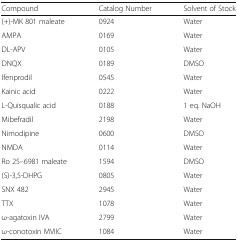
| Compound | Catalog Number | Solvent of Stock |
 | --- | --- | --- |
 | (+)-MK 801 maleate | 0924 | Water |
 | AMPA | 0169 | Water |
 | DL-APV | 0105 | Water |
 | DNQX | 0189 | DMSO |
 | Ifenprodil | 0545 | Water |
 | Kainic acid | 0222 | Water |
 | L-Quisqualic acid | 0188 | 1 eq. NaOH |
 | Mibefradil | 2198 | Water |
 | Nimodipine | 0600 | DMSO |
 | NMDA | 0114 | Water |
 | Ro 25–6981 maleate | 1594 | DMSO |
 | (S)-3,5-DHPG | 0805 | Water |
 | SNX 482 | 2945 | Water |
 | TTX | 1078 | Water |
 | ω-agatoxin IVA | 2799 | Water |
 | ω-conotoxin MVIIC | 1084 | Water |